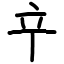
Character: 䇂